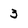
Character: 3